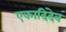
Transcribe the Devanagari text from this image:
एकादिदेव